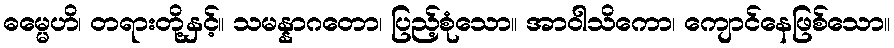
ဓမ္မေဟိ၊ တရားတို့နှင့်။ သမန္နာဂတော၊ ပြည့်စုံသော။ အာဝါသိကော၊ ကျောင်နေဖြစ်သော။